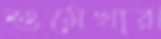
শুমেখার